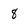
Character: 8